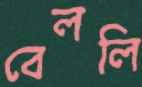
বেললি